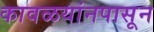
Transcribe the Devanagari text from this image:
कावळयांनपासून